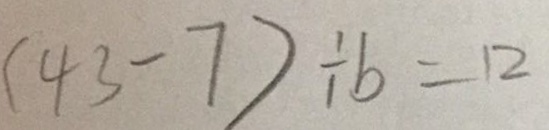
( 4 3 - 7 ) \div b = 1 2